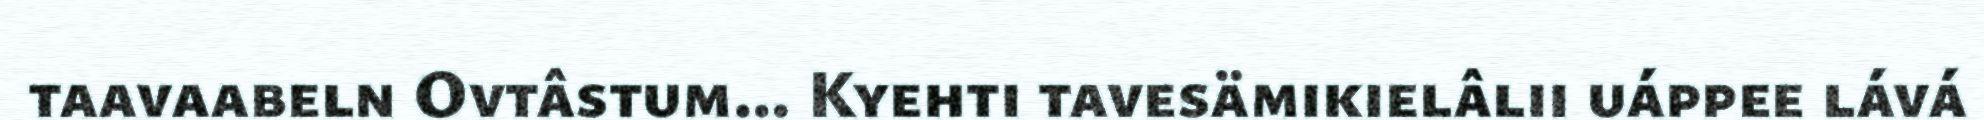
taavaabeln Ovtâstum... Kyehti tavesämikielâlii uáppee lává